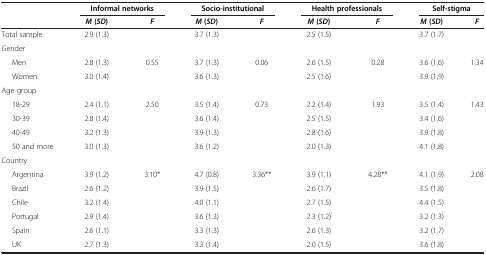
| <ROWSPAN=2>  | <COLSPAN=2> Informal networks | <COLSPAN=2> Socio-institutional | <COLSPAN=2> Health professionals | <COLSPAN=2> Self-stigma |
 | M ( SD ) | F | M ( SD ) | F | M ( SD ) | F | M ( SD ) | F |
 | --- | --- | --- | --- | --- | --- | --- | --- | --- |
 | Total sample | 2.9 (1.3) |  | 3.7 (1.3) |  | 2.5 (1.5) |  | 3.7 (1.7) |  |
 | Gender |  |  |  |  |  |  |  |  |
 | Men | 2.8 (1.3) | <ROWSPAN=2> 0.55 | 3.7 (1.3) | <ROWSPAN=2> 0.06 | 2.6 (1.5) | <ROWSPAN=2> 0.28 | 3.6 (1.6) | <ROWSPAN=2> 1.34 |
 | Women | 3.0 (1.4) | 3.6 (1.3) | 2.5 (1.6) | 3.9 (1,9) |
 | Age group |  |  |  |  |  |  |  |  |
 | 18-29 | 2.4 (1.1) | <ROWSPAN=4> 2.50 | 3.5 (1.4) | <ROWSPAN=4> 0.73 | 2.2 (1.4) | <ROWSPAN=4> 1.93 | 3.5 (1.4) | <ROWSPAN=4> 1.43 |
 | 30-39 | 2.8 (1.4) | 3.6 (1.4) | 2.5 (1.5) | 3.4 (1.6) |
 | 40-49 | 3.2 (1.3) | 3.9 (1.3) | 2.8 (1.6) | 3.9 (1.8) |
 | 50 and more | 3.0 (1.3) | 3.6 (1.2) | 2.0 (1.3) | 4.1 (1.8) |
 | Country |  |  |  |  |  |  |  |  |
 | Argentina | 3.9 (1.2) | <ROWSPAN=6> 3.10* | 4.7 (0.8) | <ROWSPAN=6> 3.36** | 3.9 (1.1) | <ROWSPAN=6> 4.28** | 4.1 (1.9) | <ROWSPAN=6> 2.08 |
 | Brazil | 2.6 (1.2) | 3.9 (1.5) | 2.6 (1.7) | 3.5 (1.8) |
 | Chile | 3.2 (1.4) | 4.0 (1.1) | 2.7 (1.5) | 4.4 (1.5) |
 | Portugal | 2.9 (1.4) | 3.6 (1.3) | 2.3 (1.2) | 3.2 (1.3) |
 | Spain | 2.6 (1.1) | 3.3 (1.3) | 2.6 (1.3) | 3.2 (1.7) |
 | UK | 2.7 (1.3) | 3.3 (1.4) | 2.0 (1.5) | 3.6 (1.8) |